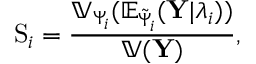
\mathrm { S } _ { i } = \frac { \mathbb { V } _ { \Psi _ { i } } ( \mathbb { E } _ { \tilde { \Psi } _ { i } } ( { \bf Y } | \lambda _ { i } ) ) } { \mathbb { V } ( { \bf Y } ) } ,